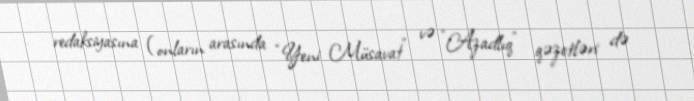
redaksiyasına (onların arasında “Yeni Müsavat” və “Azadlıq” qəzetləri də